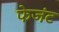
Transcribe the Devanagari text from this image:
फेजंट